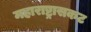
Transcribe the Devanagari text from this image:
महाराष्ट्रासकट